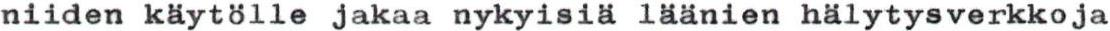
niiden käytölle jakaa nykyisiä läänien hälytysverkkoja